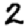
Digit: 2